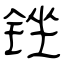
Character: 锉